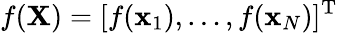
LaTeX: f(\textbf{X})=[f(\textbf{x}_{1}),\dots,f(\textbf{x}_{N})]^{\textrm{T}}